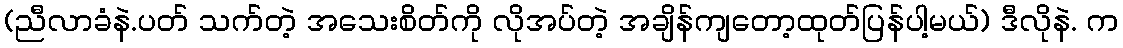
(ညီလာခံနဲ.ပတ် သက်တဲ့ အသေးစိတ်ကို လိုအပ်တဲ့ အချိန်ကျတော့ထုတ်ပြန်ပါ့မယ်) ဒီလိုနဲ. က